Punjab Mental Hospital Lahore 1922-31 - 1922-1931
Year: 1922
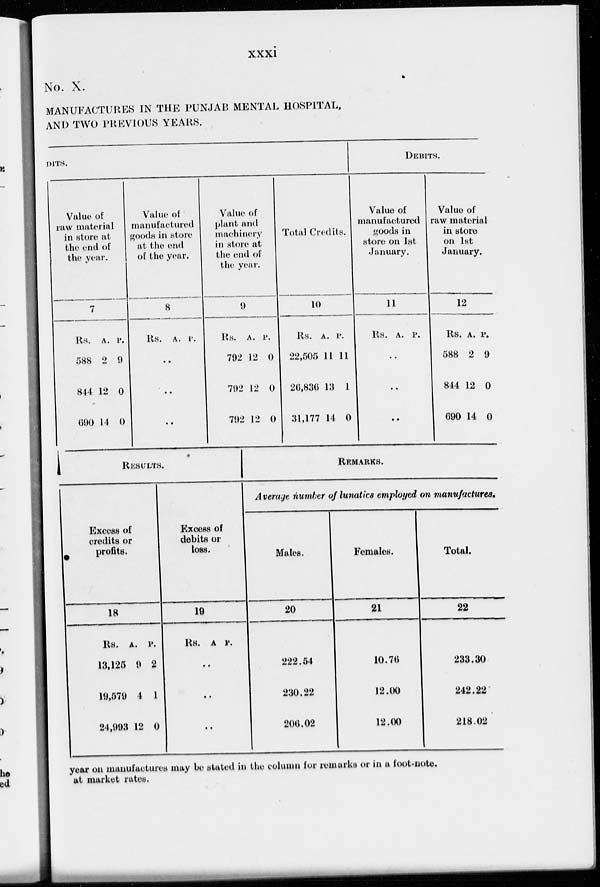
xxxi
No. X.
MANUFACTURES IN THE PUNJAB MENTAL HOSPITAL,
AND TWO PREVIOUS YEARS.
DITS.
Value of
raw material
in store at
the end of
the year.
7
Rs.
588
844
690
A.
2
12
14
P.
0
0
0
Value of
manufactured
goods in store
at the end
of the year.
8
Rs. A. P.
..
..
..
Value of
plant and
machinery
in store at
the end of
the year.
9
Rs.
792
792
792
A.
12
12
12
P.
0
0
0
Total Credits.
10
Rs.
22,505
26,836
31,177
A.
11
13
14
P.
11
1
0
DEBITS.
Value of
manufactured
goods in
store on 1st
January.
11
Rs. A. P.
..
..
..
Value of
raw material
in store
on 1st
January.
12
Re,
588
844
690
A.
2
12
14
P.
9
0
0
RESULTS.
Excess of
credits or
profits.
18
Rs.
13425
19,579
24,993
A.
9
4
12
P.
2
1
0
Excess of
debits or
loss.
19
Rs. A. P.
..
..
..
REMARKS.
Average number of lunatics employedon manufactures.
Males.
20
222.54
230.22
206.02
Females.
21
10.76
12.00
12.00
Total.
22
233.30
242.22
218.02
year on manufactures may be stated in the column for remarks or in a foot-note.
at market rates.